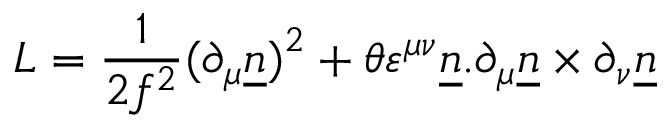
L = { \frac { 1 } { 2 { f } ^ { 2 } } } { ( \partial _ { \mu } { \underline { { n } } } ) } ^ { 2 } + { \theta } { { \varepsilon } ^ { \mu \nu } } { \underline { { n } } } . { \partial _ { \mu } { \underline { { n } } } } \times { \partial _ { \nu } { \underline { { n } } } }